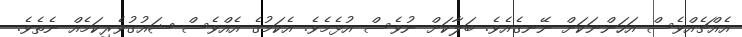
އެއްޗެއްވެސް އަހަންނަކަށް ނޭނގެއެވެ. ބަލާކަށް ނުވެސް އުޅެމެވެ. އެކަމުގެ އެއްވެސް ޝައުގުވެރިކަމެއް ނެތެވެ.